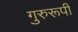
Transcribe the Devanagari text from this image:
गुरुरूपी